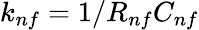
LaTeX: k_{nf}=1/R_{nf}C_{nf}